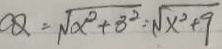
C Q = \sqrt { x ^ { 2 } + 3 ^ { 2 } } = \sqrt { x ^ { 2 } + 9 }